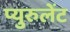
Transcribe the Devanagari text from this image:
प्युरुलेंट